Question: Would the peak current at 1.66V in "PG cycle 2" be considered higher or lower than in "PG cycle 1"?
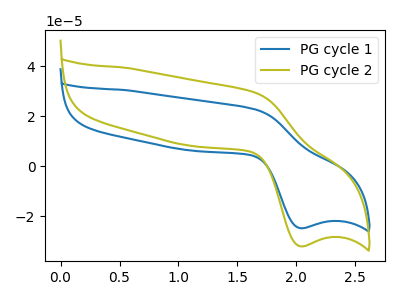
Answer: <think>The blue curve "PG cycle 1" has an anodic peak at (1.65V, 22.75uA) and a cathodic peak at (2.05V, -24.70uA). The olive curve "PG cycle 2" has an anodic peak at (1.65V, 29.40uA) and a cathodic peak at (2.05V, -31.95uA).</think>
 <answer>The peak at 1.66V is higher in "PG cycle 2" than in "PG cycle 1".</answer>
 <eval>higher</eval>